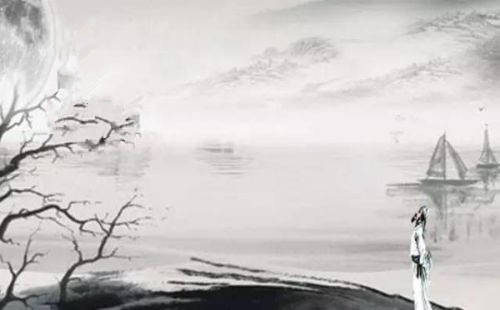
坐上别愁君未见，归来欲断无肠。